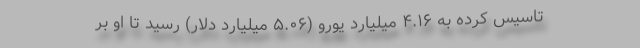
تاسیس کرده به ۴.۱۶ میلیارد یورو (۵.۰۶ میلیارد دلار) رسید تا او بر